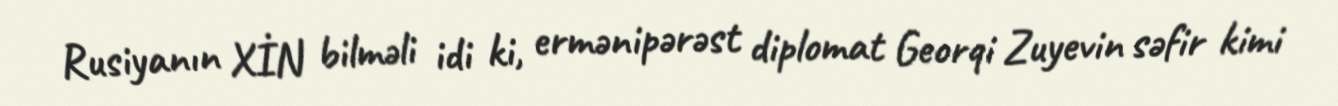
Rusiyanın XİN bilməli idi ki, ermənipərəst diplomat Georqi Zuyevin səfir kimi